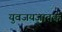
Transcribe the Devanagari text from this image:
युवजयजातक